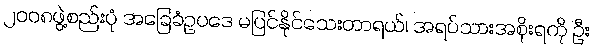
၂ဝဝ၈ဖွဲ့စည်းပုံ အခြေခံဥပဒေ မပြင်နိုင်သေးတာရယ်၊ အရပ်သားအစိုးရကို ဦး